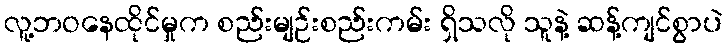
လူ့ဘဝနေထိုင်မှုက စည်းမျဉ်းစည်းကမ်း ရှိသလို သူနဲ့ ဆန့်ကျင်စွာပဲ